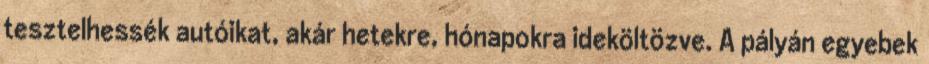
tesztelhessék autóikat, akár hetekre, hónapokra ideköltözve. A pályán egyebek